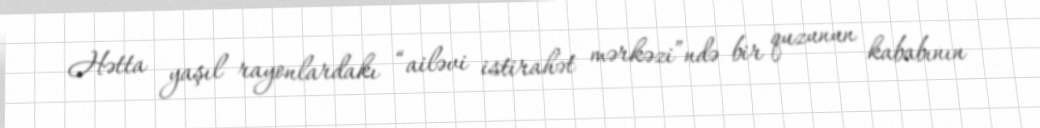
Hətta yaşıl rayonlardakı “ailəvi istirahət mərkəzi”ndə bir quzunun kababının